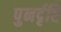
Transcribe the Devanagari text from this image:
पुनर्दृष्टि